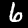
Label: 6